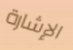
الإشارة